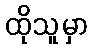
ထိုသူမှာ